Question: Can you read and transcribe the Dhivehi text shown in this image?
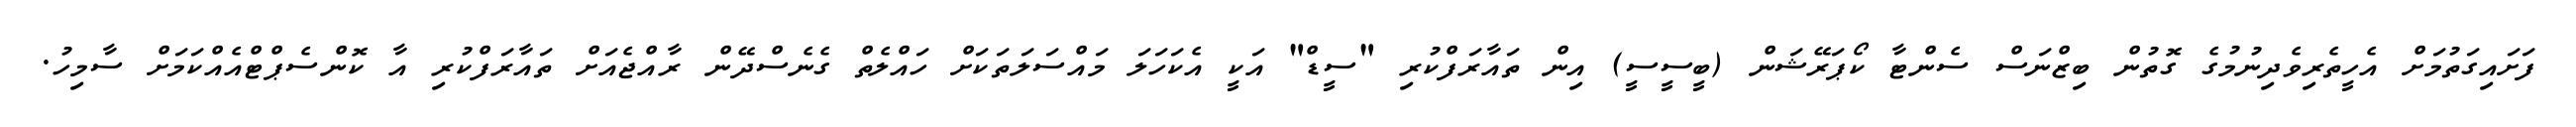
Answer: ފަށައިގަތުމަށް އެހީތެރިވެދިނުމުގެ ގޮތުން ބިޒްނަސް ސެންޓާ ކޯޕަރޭޝަން (ބީސީސީ) އިން ތައާރަފްކުރި "ސީޑް" އަކީ އެކަހަލަ މައްސަލަތަކަށް ހައްލެތް ގެނެސްދޭން ރާއްޖެއަށް ތައާރަފްކުރި އާ ކޮންސެޕްޓްއެއްކަމަށް ސާމިހު.